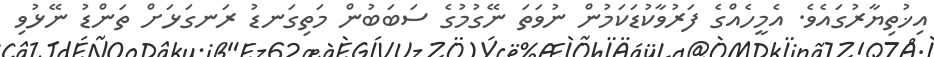
އިޚުތިޔާރުގައެވެ. އެމީހެއްގެ ފަރުވާކުޑަކަމުން ނުވަތަ ނޭގުމުގެ ސަބަބުން މަތިގަނޑު ރަނގަޅަށް ތަންޑު ނޭޅުވި